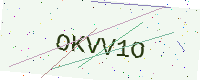
Text: OKVV1O